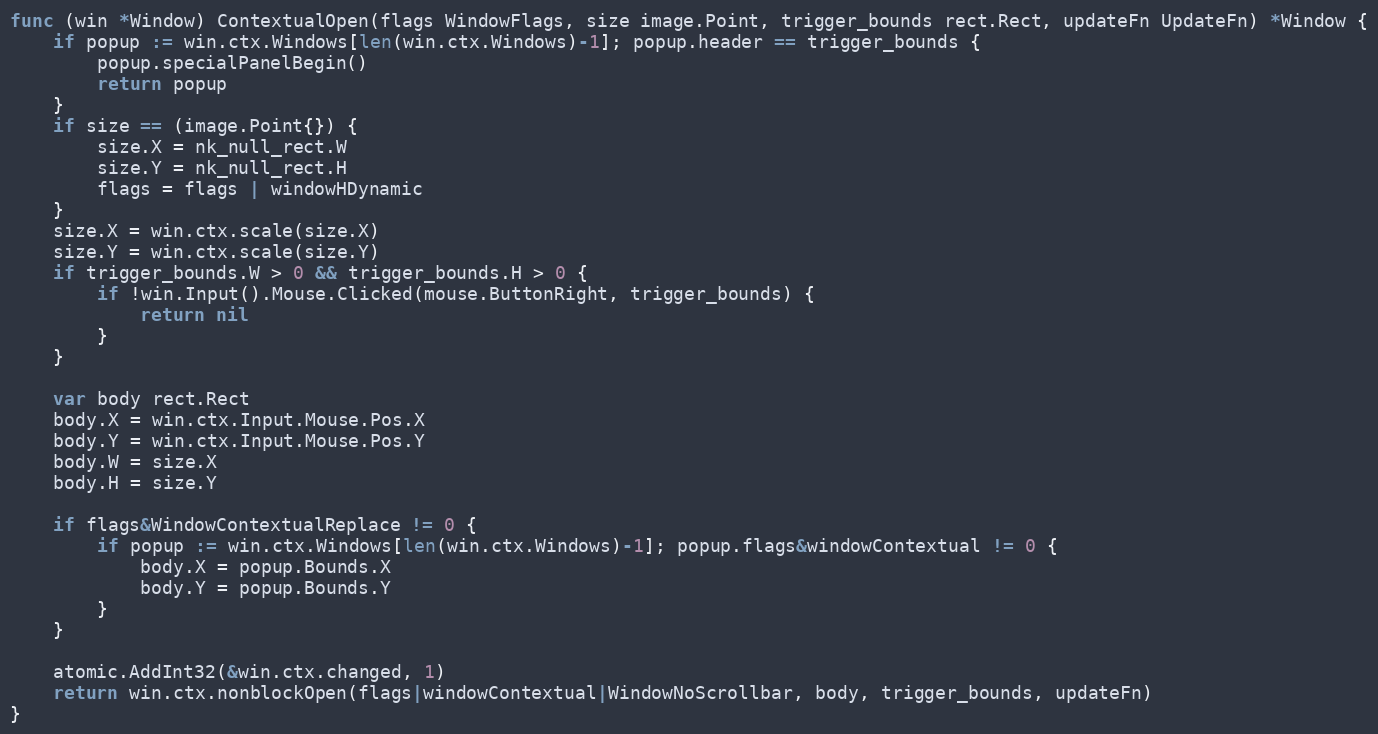
Language: Go
func (win *Window) ContextualOpen(flags WindowFlags, size image.Point, trigger_bounds rect.Rect, updateFn UpdateFn) *Window {
	if popup := win.ctx.Windows[len(win.ctx.Windows)-1]; popup.header == trigger_bounds {
		popup.specialPanelBegin()
		return popup
	}
	if size == (image.Point{}) {
		size.X = nk_null_rect.W
		size.Y = nk_null_rect.H
		flags = flags | windowHDynamic
	}
	size.X = win.ctx.scale(size.X)
	size.Y = win.ctx.scale(size.Y)
	if trigger_bounds.W > 0 && trigger_bounds.H > 0 {
		if !win.Input().Mouse.Clicked(mouse.ButtonRight, trigger_bounds) {
			return nil
		}
	}

	var body rect.Rect
	body.X = win.ctx.Input.Mouse.Pos.X
	body.Y = win.ctx.Input.Mouse.Pos.Y
	body.W = size.X
	body.H = size.Y

	if flags&WindowContextualReplace != 0 {
		if popup := win.ctx.Windows[len(win.ctx.Windows)-1]; popup.flags&windowContextual != 0 {
			body.X = popup.Bounds.X
			body.Y = popup.Bounds.Y
		}
	}

	atomic.AddInt32(&win.ctx.changed, 1)
	return win.ctx.nonblockOpen(flags|windowContextual|WindowNoScrollbar, body, trigger_bounds, updateFn)
}